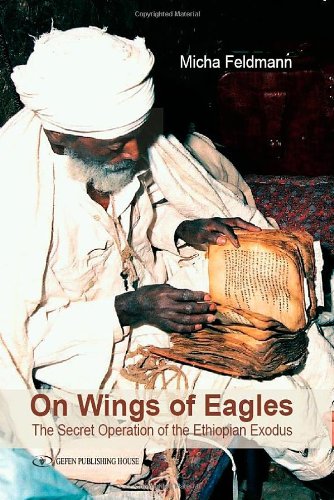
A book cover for On Wings of Eagles: The Secret Operation of the Ethiopian Exodus; Micha Feldman; History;